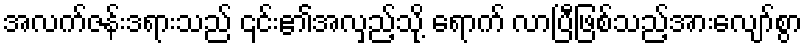
အလက်ဇန်းဒရားသည် ၎င်း၏အလှည့်သို့ ရောက် လာပြီဖြစ်သည့်အားလျော်စွာ